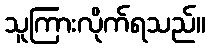
သူကြားလိုက်ရသည်။